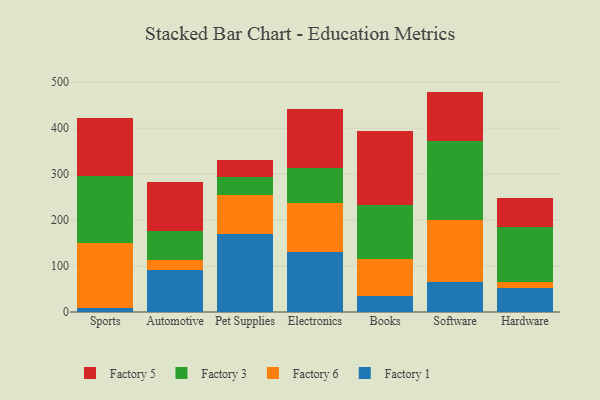
{"axis": {"x": "Category", "y": "Revenue (USD Million)"}, "legend": ["Factory 1", "Factory 3", "Factory 5", "Factory 6"], "data": [{"x": "Sports", "y": 9.2, "type": "Factory 1"}, {"x": "Sports", "y": 141.4, "type": "Factory 6"}, {"x": "Sports", "y": 145.9, "type": "Factory 3"}, {"x": "Sports", "y": 125.0, "type": "Factory 5"}, {"x": "Automotive", "y": 92.0, "type": "Factory 1"}, {"x": "Automotive", "y": 21.7, "type": "Factory 6"}, {"x": "Automotive", "y": 61.6, "type": "Factory 3"}, {"x": "Automotive", "y": 107.8, "type": "Factory 5"}, {"x": "Pet Supplies", "y": 170.7, "type": "Factory 1"}, {"x": "Pet Supplies", "y": 84.9, "type": "Factory 6"}, {"x": "Pet Supplies", "y": 38.2, "type": "Factory 3"}, {"x": "Pet Supplies", "y": 37.0, "type": "Factory 5"}, {"x": "Electronics", "y": 130.6, "type": "Factory 1"}, {"x": "Electronics", "y": 106.6, "type": "Factory 6"}, {"x": "Electronics", "y": 75.2, "type": "Factory 3"}, {"x": "Electronics", "y": 129.7, "type": "Factory 5"}, {"x": "Books", "y": 35.9, "type": "Factory 1"}, {"x": "Books", "y": 78.7, "type": "Factory 6"}, {"x": "Books", "y": 119.0, "type": "Factory 3"}, {"x": "Books", "y": 160.1, "type": "Factory 5"}, {"x": "Software", "y": 64.8, "type": "Factory 1"}, {"x": "Software", "y": 135.3, "type": "Factory 6"}, {"x": "Software", "y": 171.1, "type": "Factory 3"}, {"x": "Software", "y": 108.5, "type": "Factory 5"}, {"x": "Hardware", "y": 51.4, "type": "Factory 1"}, {"x": "Hardware", "y": 13.3, "type": "Factory 6"}, {"x": "Hardware", "y": 121.0, "type": "Factory 3"}, {"x": "Hardware", "y": 62.7, "type": "Factory 5"}]}